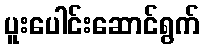
ပူးပေါင်းဆောင်ရွက်